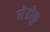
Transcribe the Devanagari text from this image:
मेतोकु